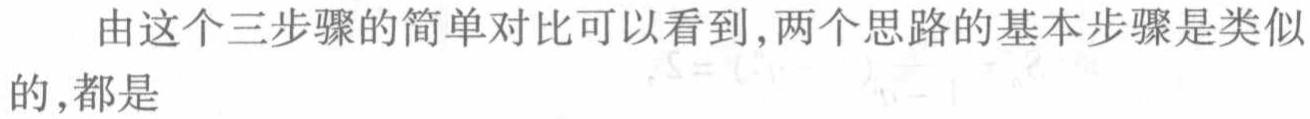
由这个三步骤的简单对比可以看到,两个思路的基本步骤是类似的,都是